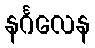
နင်္ဂလေန